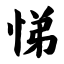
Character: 悌